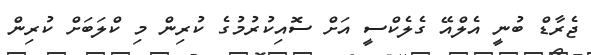
ޖެރާޑް ބުނީ އެލްއޭ ގެލެކްސީ އަށް ސޮއިކުރުމުގެ ކުރިން މި ކްލަބަށް ކުރިން